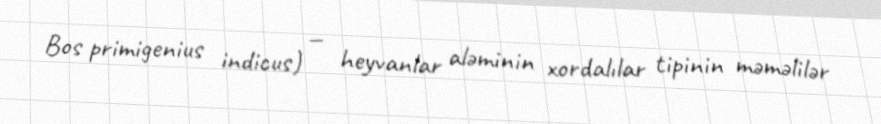
Bos primigenius indicus) — heyvanlar aləminin xordalılar tipinin məməlilər